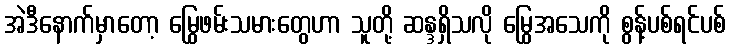
အဲဒီနောက်မှာတော့ မြွေဖမ်းသမားတွေဟာ သူတို့ ဆန္ဒရှိသလို မြွေအသေကို စွန့်ပစ်ရင်ပစ်